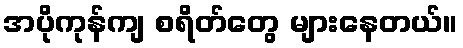
အပိုကုန်ကျ စရိတ်တွေ များနေတယ်။